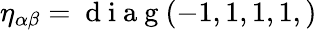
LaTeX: \eta_{\alpha\beta}=\mathrm{~d~i~a~g~}(-1,1,1,1,)